Insane asylums Bombay 1873-77 - 1873-1877
Year: 1873
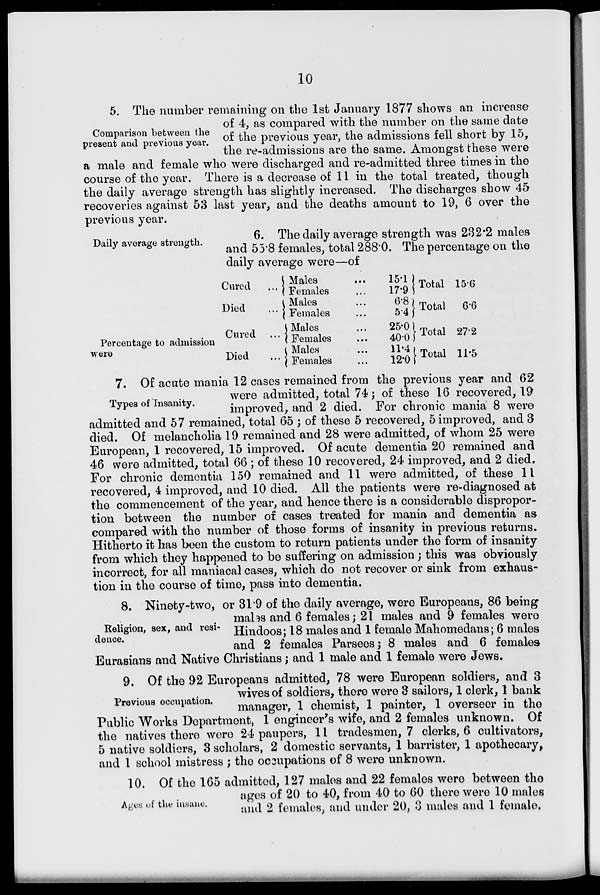
10
Comparison between the
present and previous year.
5. The number remaining on the 1st January 1877 shows an increase
of 4, as compared with the number on the same date
of the previous year, the admissions fell short by 15,
the re-admissions are the same. Amongst these were
a male and female who were discharged and re-admitted three times in the
course of the year. There is a decrease of 11 in the total treated, though
the daily average strength has slightly increased. The discharges show 45
recoveries against 53 last year, and the deaths amount to 19, 6 over the
previous year.
Daily average strength.
6. The daily average strength was 232.2 males
and 55.8 females, total 2880. The percentage on the
daily average were—of
Percentage to admission
were
Cured ...
Died ...
Cured ...
Died ...
Males
Females
Males
Females
Males
Females
Males
Females
15.1
17.9
6.8
5.4
25.0
40.0
11.4
12.0
Total
Total
Total
Total
15.6
6.6
27.2
11.5
Types of Insanity.
7. Of acute mania 12 cases remained from the previous year and 62
were admitted, total 74; of these 16 recovered, 19
improved, and 2 died. For chronic mania 8 were
admitted and 57 remained, total 65 ; of these 5 recovered, 5 improved, and 3
died. Of melancholia 19 remained and 28 were admitted, of whom 25 were
European, 1 recovered, 15 improved. Of acute dementia 20 remained and
46 were admitted, total 66 ; of these 10 recovered, 24 improved, and 2 died.
For chronic dementia 150 remained and 11 were admitted, of these 11
recovered, 4 improved, and 10 died. All the patients were re-diagnosed at
the commencement of the year, and hence there is a considerable dispropor-
tion between the number of cases treated for mania and dementia as
compared with the number of those forms of insanity in previous returns.
Hitherto it has been the custom to return patients under the form of insanity
from which they happened to be suffering on admission; this was obviously
incorrect, for all maniacal cases, which do not recover or sink from exhaus-
tion in the course of time, pass into dementia.
Religion, sex, and resi-
dence.
8. Ninety-two, or 31.9 of the daily average, were Europeans, 86 being
males and 6 females; 21 males and 9 females were
Hindoos; 18 males and 1 female Mahomedans; 6 males
and 2 females Parsees; 8 males and 6 females
Eurasians and Native Christians; and 1 male and 1 female were Jews.
Previous occupation.
9. Of the 92 Europeans admitted, 78 were European soldiers, and 3
wives of soldiers, there were 8 sailors, 1 clerk, 1 bank
manager, 1 chemist, 1 painter, 1 overseer in the
Public Works Department, 1 engineer's wife, and 2 females unknown. Of
the natives there were 24 paupers, 1 i tradesmen, 7 clerks, 6 cultivators,
5 native soldiers, 3 scholars, 2 domestic servants, 1 barrister, 1 apothecary,
and 1 school mistress ; the occupations of 8 were unknown.
Ages of the insane.
10. Of the 165 admitted, 127 males and 22 females were between the
ages of 20 to 40, from 40 to 60 there were 10 males
and 2 females, and under 20, 3 males and 1 female.